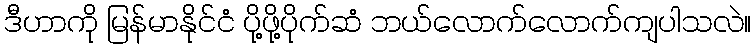
ဒီဟာကို မြန်မာနိုင်ငံ ပို့ဖို့ပိုက်ဆံ ဘယ်လောက်လောက်ကျပါသလဲ။